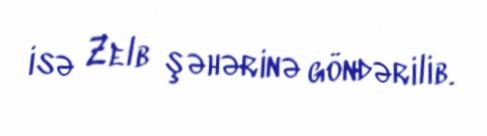
isə Zelb şəhərinə göndərilib.